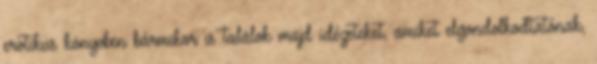
erotikus könyvben bármikor is találok majd idézeteket, amiket elgondolkodtatónak,